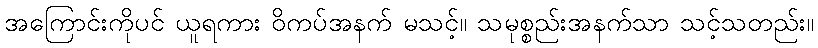
အကြောင်းကိုပင် ယူရကား ဝိကပ်အနက် မသင့်။ သမုစ္စည်းအနက်သာ သင့်သတည်း။